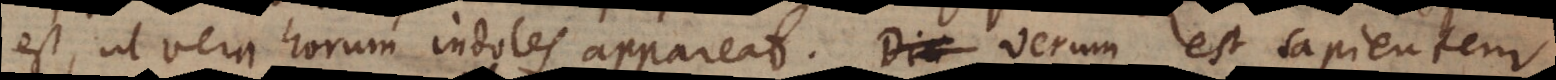
est, ut vera horum indoles appareat. Verum est sapientem